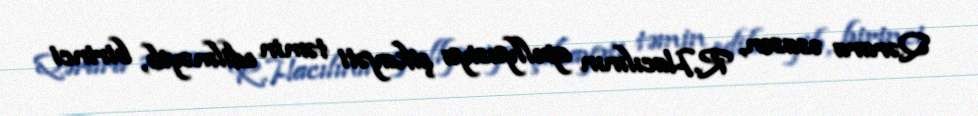
Qərara əsasən, R.Hacılının apellyasiya şikayəti təmin edilməyib, birinci